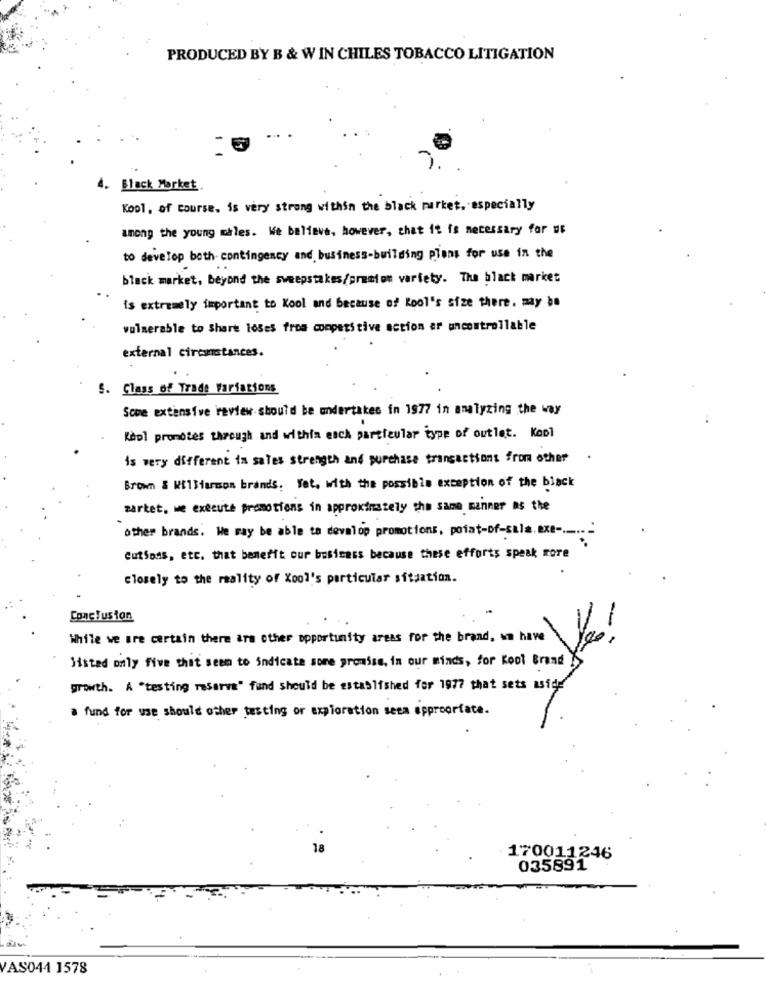
PRODUCED BY B & W IN CHILES TOBACCO LITIGATION
4. Black Mørket.
Kool, of course, is very strong within the black market. especially
among the young males. We believe, however, that it is necessary for us
to develop both-contingency and business-building plans for use in the
black market, beyond the sweepstakes/premion variety. The black market
is extremely important to Kool and because of Kool's size there, may be
vulnerable to Share loses froa competitive action er uncontrollable
external circonstances.
S. Class of Trade Variations
Some extensive review should be undertakes in 1977 in analyzing the way
Kepl promotes through and withia esch particular type of outlet. Kool
is very different in sales strength and purchase transactions from other
Brown & Williamson brands. Yet. with the possible exception of the black
market, we execute promotions in approximately the same manner as the
-
other brands. We may be able to develop promotions, poiat-of-sala.exe -.....
CutSons, etc. that benefit our business because these efforts speak rore
closely to the reality of Xool's particular situation.
Conclusion
While we are certain there are other opportunity areas for the brand, un have
Sisted only five that seem to indicate some prowise, in our minds, for Kool Brand
growth. A "testing reserva" fund should be established for 1977 that sets aside
a fund for use should other testing or exploration seem appropriate.
170011246
035891
VAS044 1578